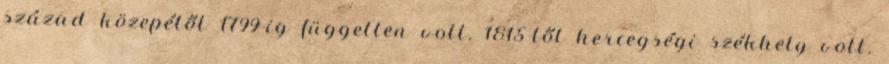
század közepétől 1799-ig független volt. 1815-től hercegségi székhely volt.